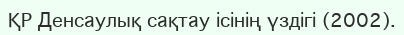
ҚР Денсаулық сақтау ісінің үздігі (2002).